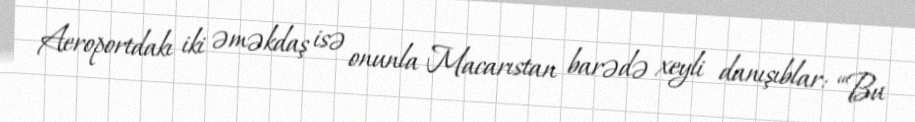
Aeroportdakı iki əməkdaş isə onunla Macarıstan barədə xeyli danışıblar: “Bu